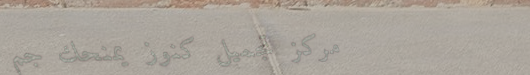
مركز تجميل كنوز يمنحكِ جم